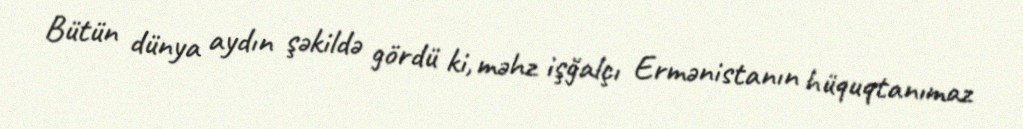
Bütün dünya aydın şəkildə gördü ki, məhz işğalçı Ermənistanın hüquqtanımaz